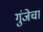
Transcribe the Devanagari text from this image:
गुंजेचा